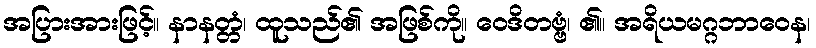
အပြားအားဖြင့်။ နာနတ္တံ၊ ထူသည်၏ အဖြစ်ကို။ ဝေဒိတဗ္ဗံ၊ ၏။ အရိယမဂ္ဂဘာဝေန၊